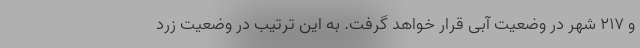
و ۲۱۷ شهر در وضعیت آبی قرار خواهد گرفت. به این ترتیب در وضعیت زرد